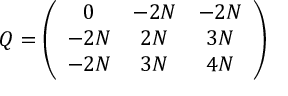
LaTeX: Q = \left( \begin{array} { c c c } { { 0 } } & { { - 2 N } } & { { - 2 N } } \\ { { - 2 N } } & { { 2 N } } & { { 3 N } } \\ { { - 2 N } } & { { 3 N } } & { { 4 N } } \end{array} \right)